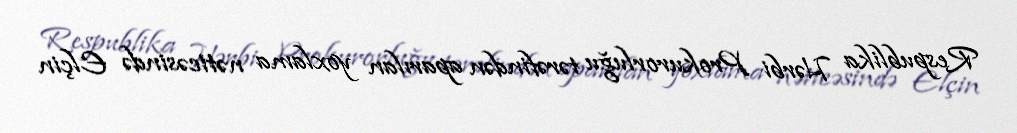
Respublika Hərbi Prokurorluğu tərəfindən aparılan yoxlama nəticəsində Elçin